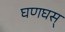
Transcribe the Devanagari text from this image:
घणघस्